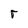
Character: r